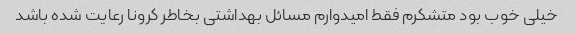
خیلی خوب بود متشکرم فقط امیدوارم مسائل بهداشتی بخاطر کرونا رعایت شده باشد